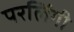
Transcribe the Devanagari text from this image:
परलिंगी